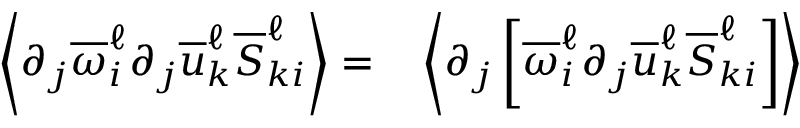
\begin{array} { r l } { \left\langle \partial _ { j } \overline { { \omega } } _ { i } ^ { \ell } \partial _ { j } \overline { { u } } _ { k } ^ { \ell } \overline { { S } } _ { k i } ^ { \ell } \right\rangle = } & { { } \left\langle \partial _ { j } \left[ \overline { { \omega } } _ { i } ^ { \ell } \partial _ { j } \overline { { u } } _ { k } ^ { \ell } \overline { { S } } _ { k i } ^ { \ell } \right] \right\rangle } \end{array}